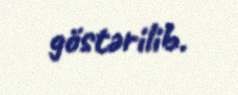
göstərilib.